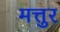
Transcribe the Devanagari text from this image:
मत्तुर